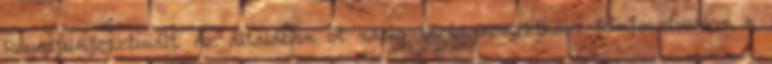
Rövidfilmfesztivált. Az általában öt napig tartó nemzetközi filmfesztiválon a